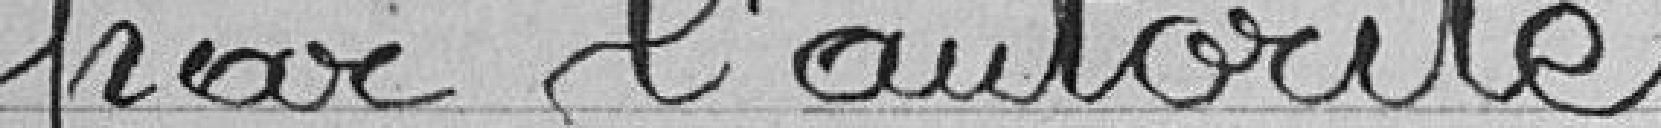
par l'autorité